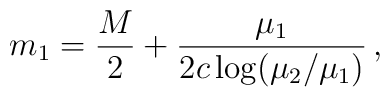
m_1 = \frac{M}{2} + \frac{\mu_1}{2 c \log (\mu_2/\mu_1)}\,,